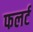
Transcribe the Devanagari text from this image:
फलर्ट